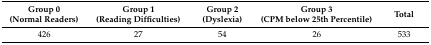
<table><thead><tr><td><b>Group 0 (Normal Readers)</b></td><td><b>Group 1 (Reading Difficulties)</b></td><td><b>Group 2 (Dyslexia)</b></td><td><b>Group 3 (CPM below 25th Percentile)</b></td><td><b>Total</b></td></tr></thead><tbody><tr><td>426</td><td>27</td><td>54</td><td>26</td><td>533</td></tr></tbody></table>